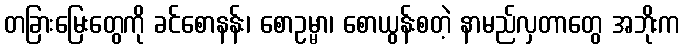
တခြားမြေးတွေကို ခင်စောနန်း၊ စောဥမ္မာ၊ စောယွန်းစတဲ့ နာမည်လှတာတွေ အဘိုးက